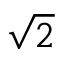
\sqrt 2